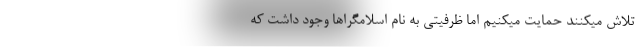
تلاش میکنند حمایت میکنیم اما ظرفیتی به نام اسلامگراها وجود داشت که